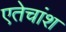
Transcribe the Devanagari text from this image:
एतेचांश